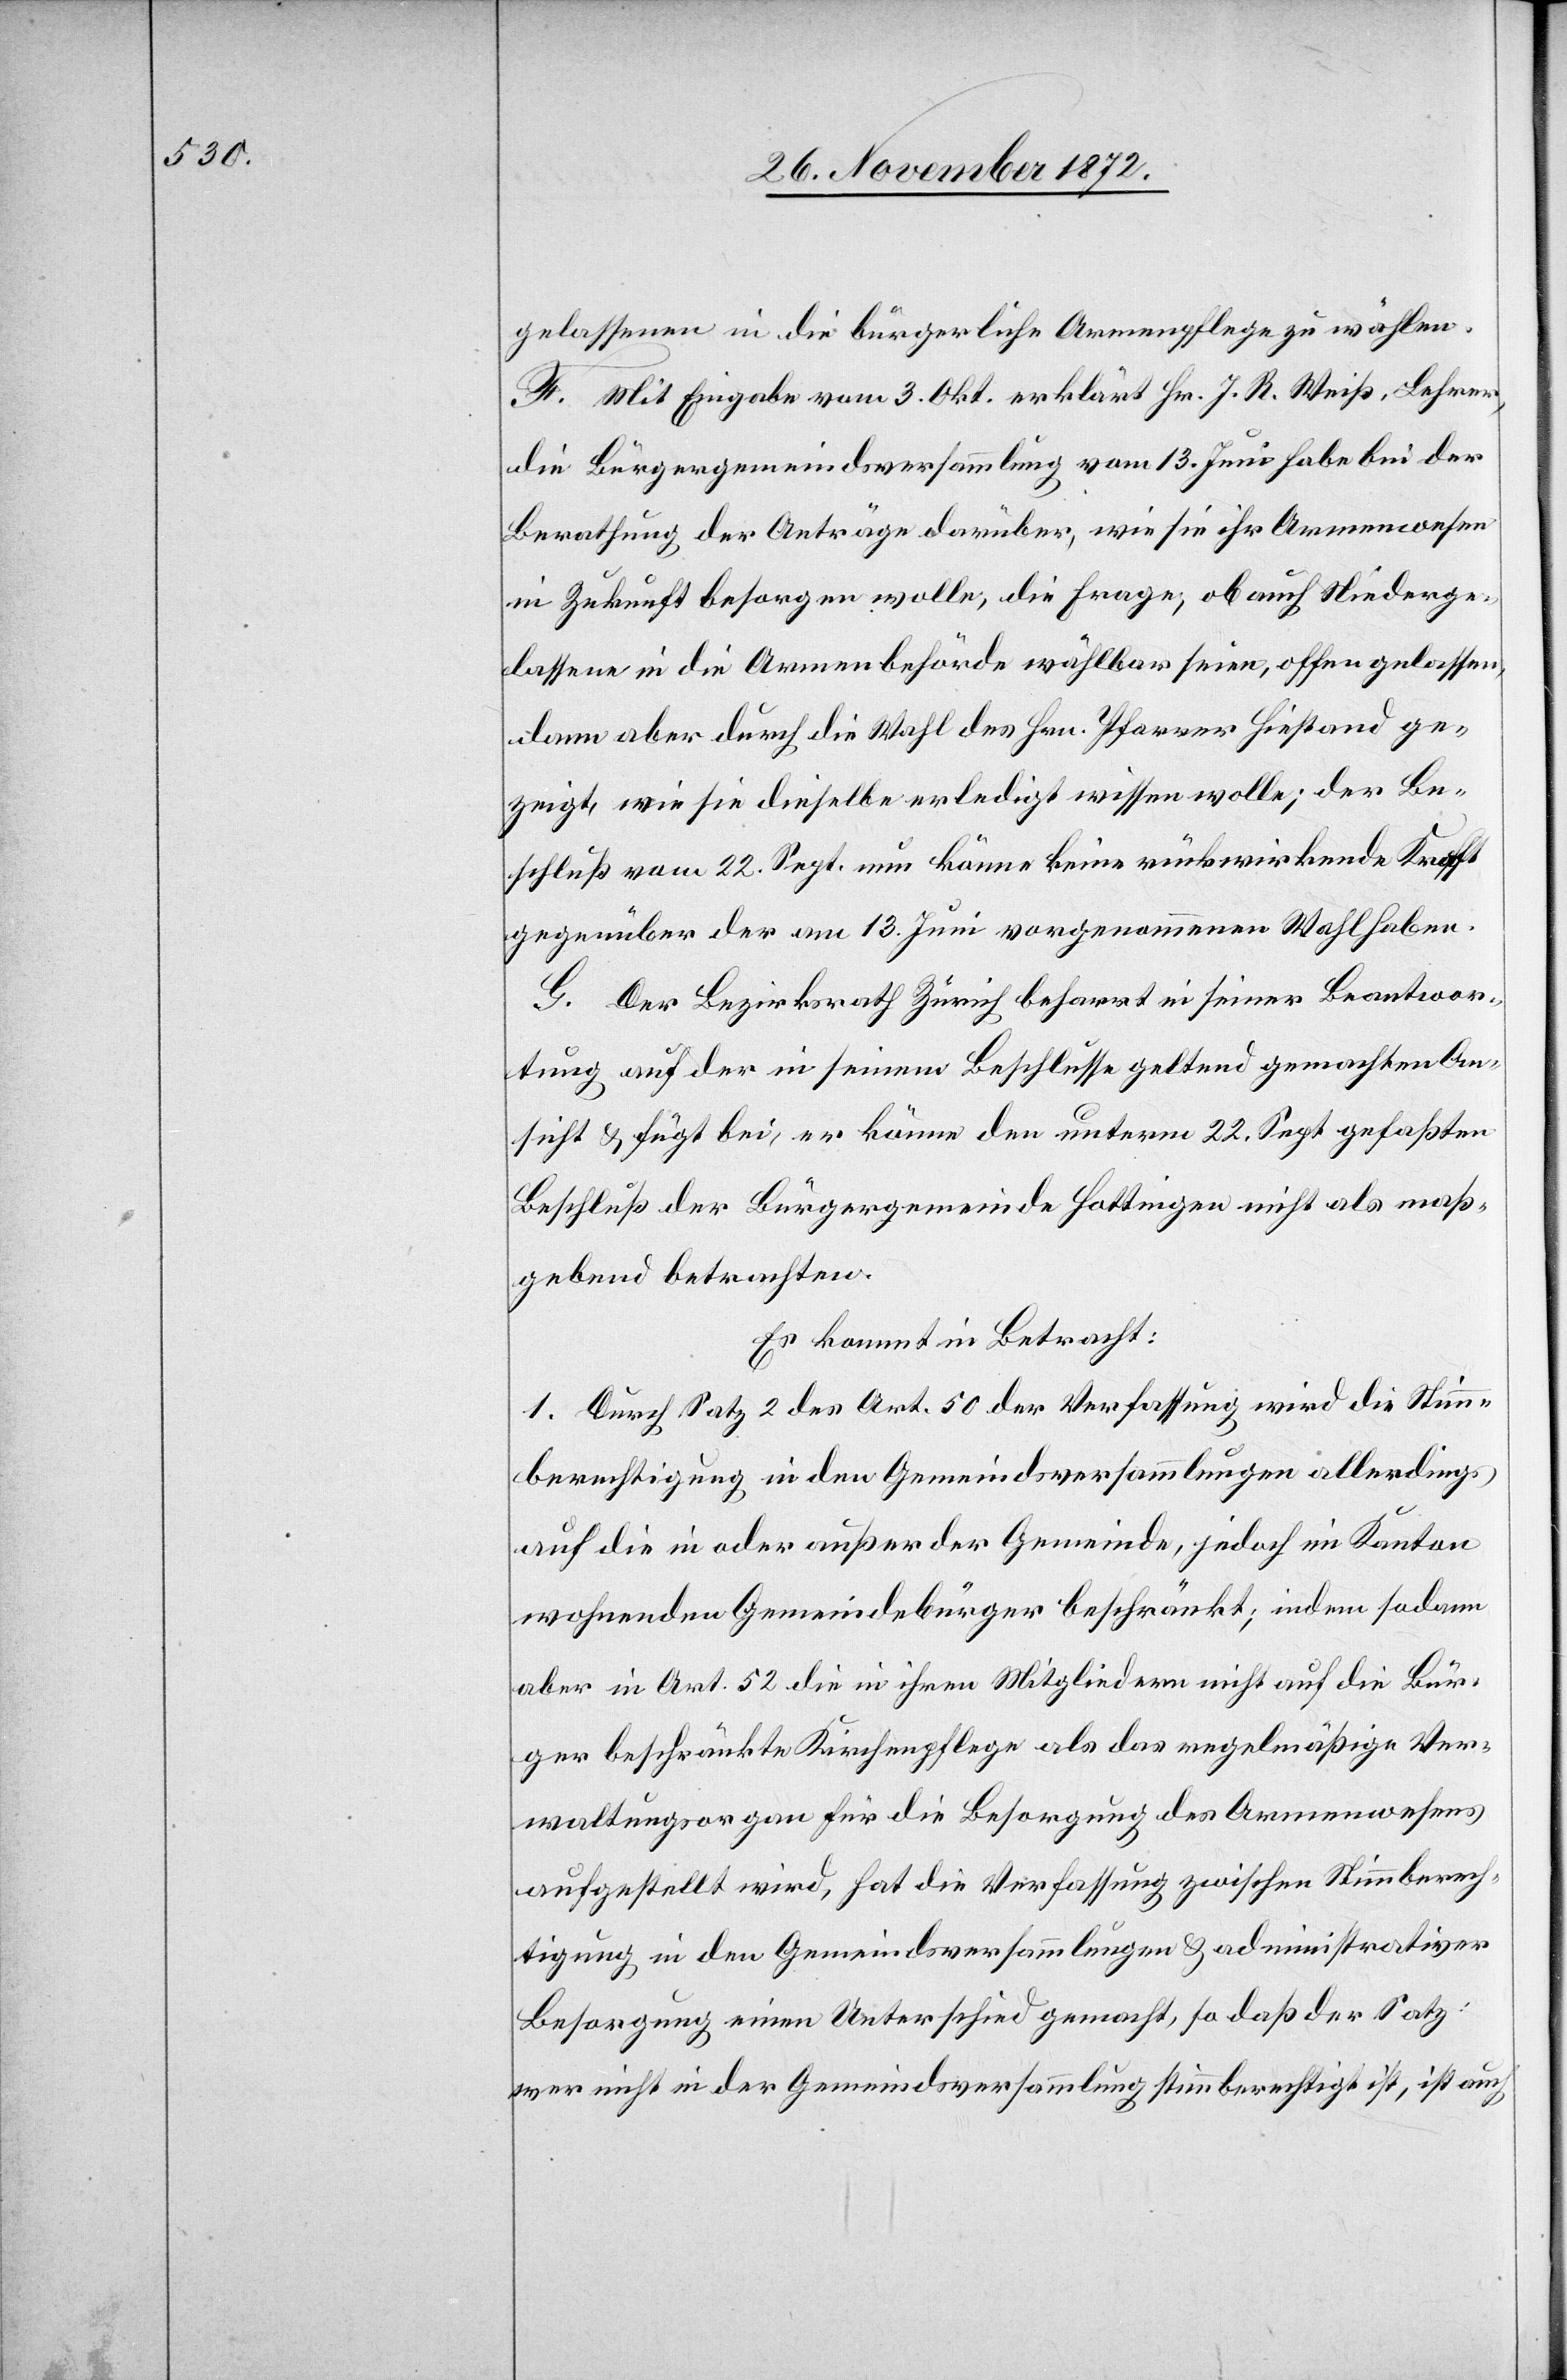
gelassenen in die bürgerliche Armenpflege zu wählen.
F. Mit Eingabe vom 3. Okt. erklärt Hr. J. R. Weiß, Lehrer,
die Bürgergemeindsversammlung vom 13. Juni habe bei der
Berathung der Anträge darüber, wie sie ihr Armenwesen
in Zukunft besorgen wolle, die Frage, ob auch Niederge¬
lassene in die Armenbehörde wählbar seien, offen gelassen,
dann aber durch die Wahl des Hrn. Pfarrer Hiestand ge¬
zeigt, wie sie dieselbe erledigt wissen wolle; der Be¬
schluß vom 22. Sept. nun könne keine rückwirkende Kraft
gegenüber der am 13. Juni vorgenommenen Wahl haben.
G. Der Bezirksrath Zürich beharrt in seiner Beantwor¬
tung auf der in seinem Beschlusse geltend gemachten An¬
sicht u. fügt bei, er könne den unterm 22. Sept. gefaßten
Beschluß der Bürgergemeinde Hottingen nicht als maß¬
gebend betrachten.
Es kommt in Betracht:
1. Durch Satz 2 des Art. 50 der Verfassung wird die Stimm¬
berechtigung in den Gemeindsversammlungen allerdings
auf die in oder außer der Gemeinde, jedoch im Kanton
wohnenden Gemeindebürger beschränkt; indem sodann
aber in Art. 52 die in ihren Mitgliedern nicht auf die Bür¬
ger beschränkte Kirchenpflege als das regelmäßige Ver¬
waltungsorgan für die Besorgung des Armenwesens
aufgestellt wird, hat die Verfassung zwischen Stimmberech¬
tigung in den Gemeindsversammlungen u. administrativer
Besorgung einen Unterschied gemacht, so daß der Satz:
wer nicht in der Gemeindsversammlung stimmberechtigt ist, ist auch